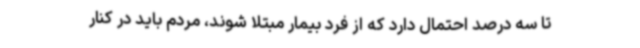
تا سه درصد احتمال دارد که از فرد بیمار مبتلا شوند، مردم باید در کنار